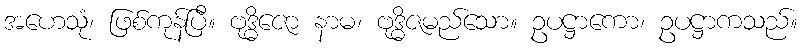
အဟေသုံ၊ ဖြစ်ကုန်ပြီ။ ဗုဒ္ဓိဇော နာမ၊ ဗုဒ္ဓိဇမည်သော။ ဥပဋ္ဌာကော၊ ဥပဋ္ဌာကသည်။